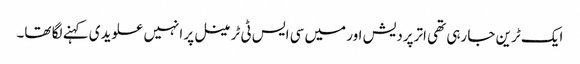
ایک ٹرین جا رہی تھی اترپردیش اور میں سی ایس ٹی ٹرمینل پر انہیں علویدی کہنے لگا تھا۔